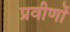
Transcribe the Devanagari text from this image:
प्रवीणों